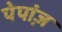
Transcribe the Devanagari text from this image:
पेपांज़